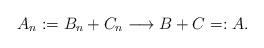
LaTeX: \begin{align*}A_n := B_n + C_n \longrightarrow B+C =:A .\end{align*}